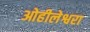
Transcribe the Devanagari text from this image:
ओहीलेश्वरा